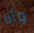
وأنا